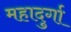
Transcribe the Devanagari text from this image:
महादुर्गा